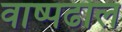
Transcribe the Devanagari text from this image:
वाष्पढोल